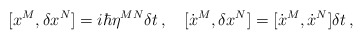
\begin{align*}[x^{M}, \delta x^{N}]=i\hbar\eta^{MN}\delta t\,, \quad[\dot{x}^{M}, \delta x^{N}]=[\dot{x}^{M}, \dot{x}^{N}]\delta t\,,\end{align*}